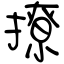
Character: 撩